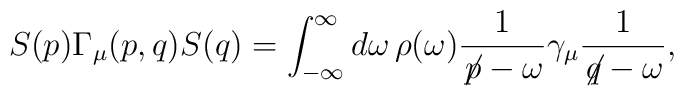
S(p)\Gamma_\mu(p,q)S(q) = \int_{-\infty}^{\infty}d\omega \, \rho(\omega)     \frac{1}{\not\!p - \omega} \gamma_\mu \frac{1}{\not\!q - \omega},